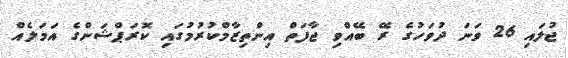
ޖުލައި 26 ވަނަ ދުވަހުގެ ރޭ ބޭއްވި ޖާފަތް އިންތިޒާމްކުރުމުގައި ކޮރަޕްޝަންގެ އަމަލެއް